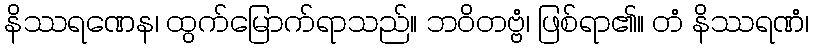
နိဿရဏေန၊ ထွက်မြောက်ရာသည်။ ဘဝိတဗ္ဗံ၊ ဖြစ်ရာ၏။ တံ နိဿရဏံ၊